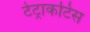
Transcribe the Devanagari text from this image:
टेट्राकटिस